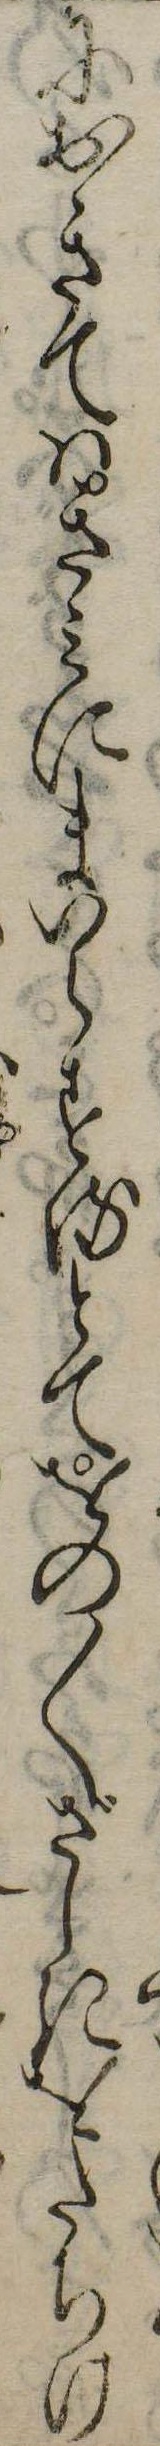
におきてはきみにまいらするとてをの〱ざしきをたちけ